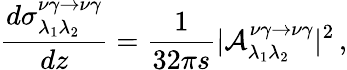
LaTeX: \frac{d{\sigma}_{\lambda_{1}\lambda_{2}}^{\nu\gamma\to\nu\gamma}}{dz}=\frac{1}{32\pi s}|{\cal A}_{\lambda_{1}\lambda_{2}}^{\nu\gamma\to\nu\gamma}|^{2}\, ,